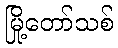
မြို့တော်သစ်